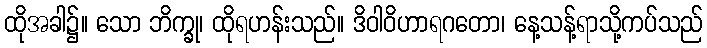
ထိုအခါ၌။ သော ဘိက္ခု၊ ထိုရဟန်းသည်။ ဒိဝါဝိဟာရဂတော၊ နေ့သန့်ရာသို့ကပ်သည်